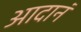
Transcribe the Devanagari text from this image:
आदानं